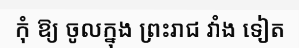
កុំ ឱ្យ ចូលក្នុង ព្រះរាជ វាំង ទៀត